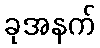
ခုအနက်